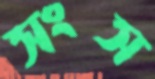
সংস